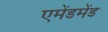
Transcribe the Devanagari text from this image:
एमेंडमेंड